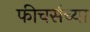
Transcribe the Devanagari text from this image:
फीचर्सच्या